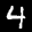
Label: 4